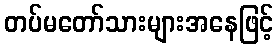
တပ်မတော်သားများအနေဖြင့်